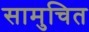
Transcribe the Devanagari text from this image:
सामुचित